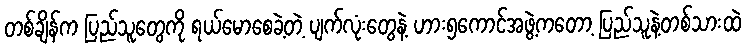
တစ်ချိန်က ပြည်သူတွေကို ရယ်မောစေခဲ့တဲ့ ပျက်လုံးတွေနဲ့ ဟား၅ကောင်အဖွဲ့ကတော့ ပြည်သူနဲ့တစ်သားထဲ